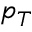
p _ { T }